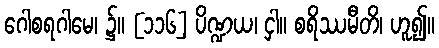
ဂေါစရဂါမေ၊ ၌။ [၁၁၆] ပိဏ္ဍယ၊ ငှါ။ စရိဿမီတိ၊ ဟူ၍။